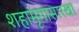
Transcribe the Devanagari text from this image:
शहामृगासारखा